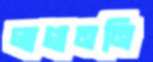
লাগাননি